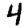
Digit: 4